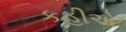
કહીએ